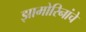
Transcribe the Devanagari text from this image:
झामोरिनांचे